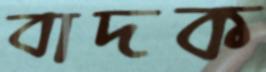
বাদক